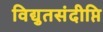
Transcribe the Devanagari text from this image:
विद्युतसंदीप्ति